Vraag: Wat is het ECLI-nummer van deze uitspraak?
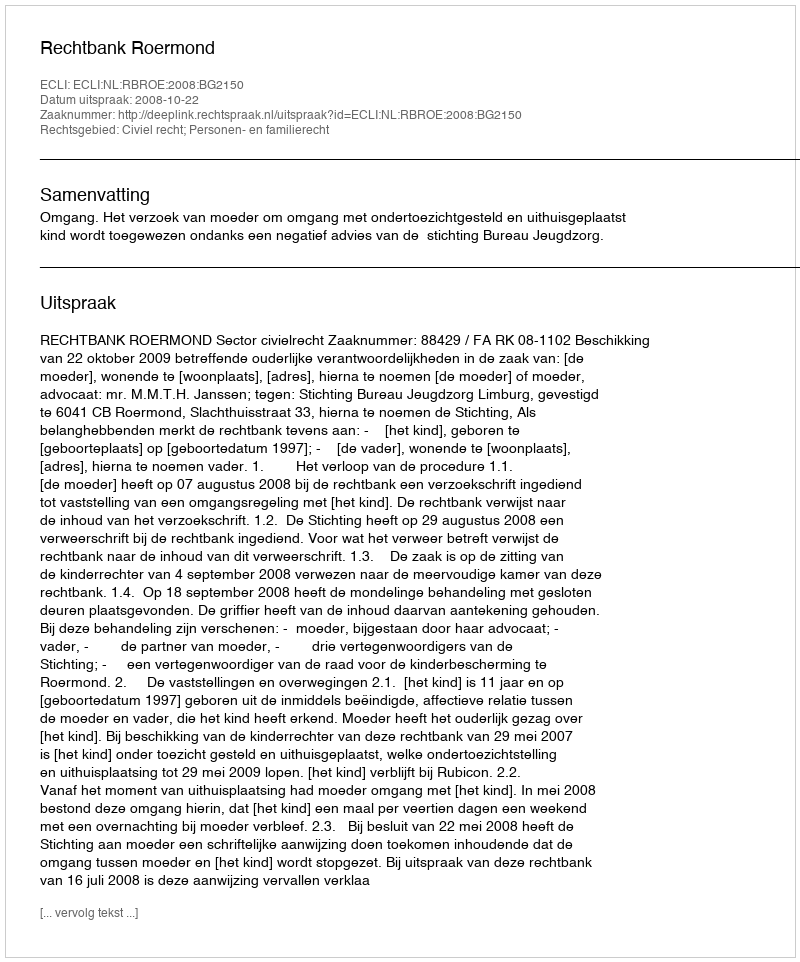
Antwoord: ECLI:NL:RBROE:2008:BG2150